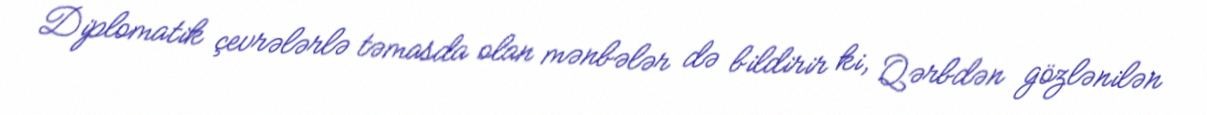
Diplomatik çevrələrlə təmasda olan mənbələr də bildirir ki, Qərbdən gözlənilən